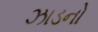
ઝાડનો